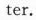
ter.